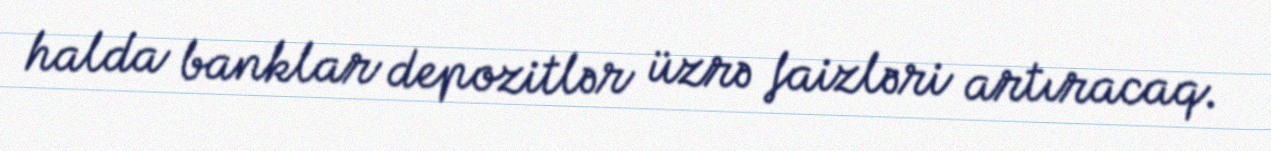
halda banklar depozitlər üzrə faizləri artıracaq.